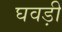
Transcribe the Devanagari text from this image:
घवड़ी